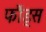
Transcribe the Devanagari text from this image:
फौंड्स